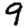
Digit: 9